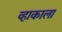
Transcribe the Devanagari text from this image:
व्हाकाला